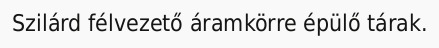
Szilárd félvezető áramkörre épülő tárak.